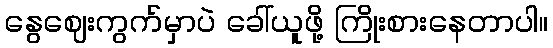
နွေဈေးကွက်မှာပဲ ခေါ်ယူဖို့ ကြိုးစားနေတာပါ။